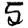
Digit: 5